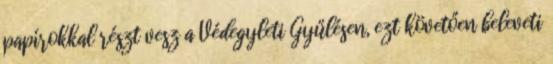
papírokkal részt vesz a Védegyleti Gyűlésen, ezt követően beleveti